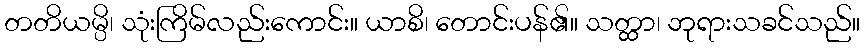
တတိယမ္ပိ၊ သုံးကြိမ်လည်းကောင်း။ ယာစိ၊ တောင်းပန်၏။ သတ္ထာ၊ ဘုရားသခင်သည်။